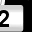
Digit: 2